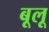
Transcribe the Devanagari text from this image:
बूलू